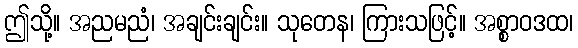
ဤသို့။ အညမညံ၊ အချင်းချင်း။ သုတေန၊ ကြားသဖြင့်။ အစ္စာဝဒထ၊